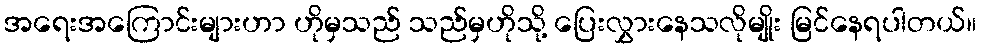
အရေးအကြောင်းများဟာ ဟိုမှသည် သည်မှဟိုသို့ ပြေးလွှားနေသလိုမျိုး မြင်နေရပါတယ်။